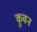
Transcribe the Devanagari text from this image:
कुवन